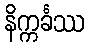
နိက္ကင်္ခဿ